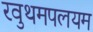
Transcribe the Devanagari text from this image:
रवुथमपलयम